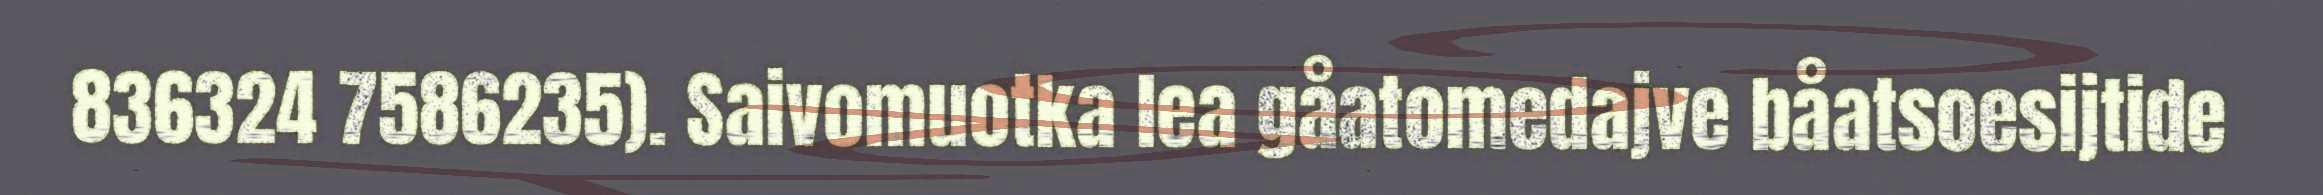
836324 7586235). Saivomuotka lea gåatomedajve båatsoesijtide